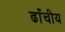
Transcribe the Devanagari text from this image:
ढाँचीय